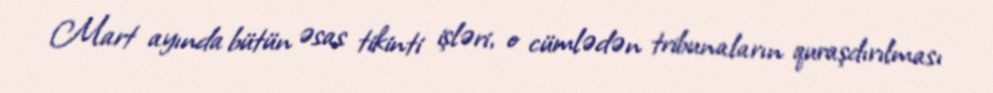
Mart ayında bütün əsas tikinti işləri, o cümlədən tribunaların quraşdırılması